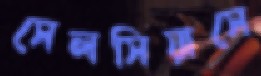
সেলসিয়াসে